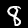
Digit: 8